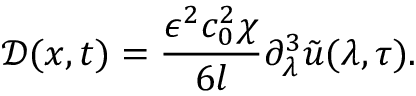
\mathcal { D } ( x , t ) = \frac { \epsilon ^ { 2 } c _ { 0 } ^ { 2 } \chi } { 6 l } \partial _ { \lambda } ^ { 3 } \tilde { u } ( \lambda , \tau ) .